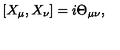
[ X _ { \mu } , X _ { \nu } ] = i \Theta _ { \mu \nu } ,